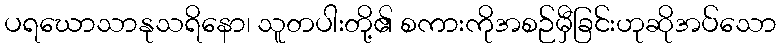
ပရဃောသာနုသရိနော၊ သူတပါးတို့၏ စကားကိုအစဉ်မှီခြင်းဟုဆိုအပ်သော